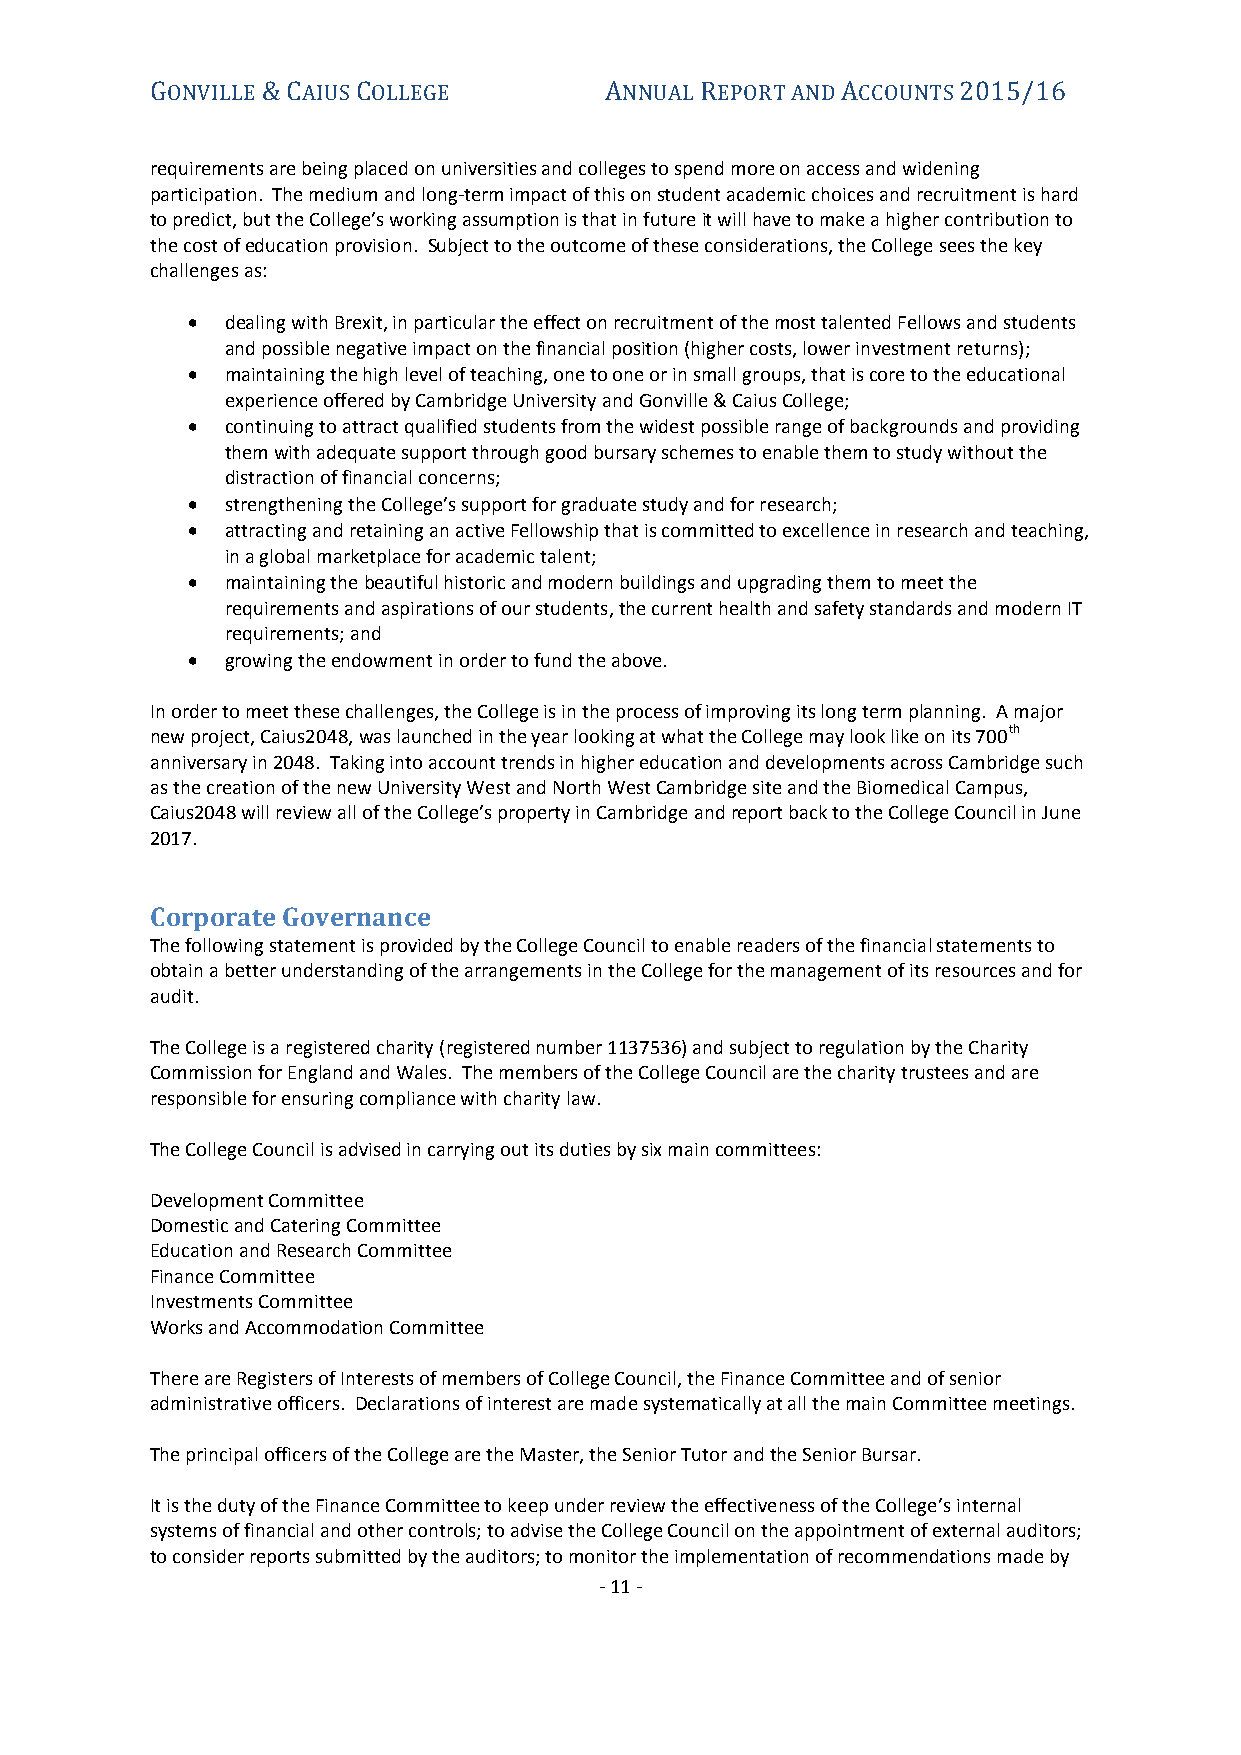
GONVILLE & CAIUS COLLEGE      ANNUAL REPORT AND ACCOUNTS 2015/16
 requirements are being placed on universities and colleges to spend more on access and widening
 participation. The medium and long-term impact of this on student academic choices and recruitment is hard
 to predict, but the College’s working assumption is that in future it will have to make a higher contribution to
 the cost of education provision. Subject to the outcome of these considerations, the College sees the key
 challenges as:
   dealing with Brexit, in particular the effect on recruitment of the most talented Fellows and students
 and possible negative impact on the financial position (higher costs, lower investment returns);
   maintaining the high level of teaching, one to one or in small groups, that is core to the educational
 experience offered by Cambridge University and Gonville & Caius College;
   continuing to attract qualified students from the widest possible range of backgrounds and providing
 them with adequate support through good bursary schemes to enable them to study without the
 distraction of financial concerns;
   strengthening the College’s support for graduate study and for research;
   attracting and retaining an active Fellowship that is committed to excellence in research and teaching,
 in a global marketplace for academic talent;
   maintaining the beautiful historic and modern buildings and upgrading them to meet the
 requirements and aspirations of our students, the current health and safety standards and modern IT
 requirements; and
   growing the endowment in order to fund the above.
 In order to meet these challenges, the College is in the process of improving its long term planning. A major
 new project, Caius2048, was launched in the year looking at what the College may look like on its 700th
 anniversary in 2048. Taking into account trends in higher education and developments across Cambridge such
 as the creation of the new University West and North West Cambridge site and the Biomedical Campus,
 Caius2048 will review all of the College’s property in Cambridge and report back to the College Council in June
 2017.
 Corporate Governance
 The following statement is provided by the College Council to enable readers of the financial statements to
 obtain a better understanding of the arrangements in the College for the management of its resources and for
 audit.
 The College is a registered charity (registered number 1137536) and subject to regulation by the Charity
 Commission for England and Wales. The members of the College Council are the charity trustees and are
 responsible for ensuring compliance with charity law.
 The College Council is advised in carrying out its duties by six main committees:
 Development Committee
 Domestic and Catering Committee
 Education and Research Committee
 Finance Committee
 Investments Committee
 Works and Accommodation Committee
 There are Registers of Interests of members of College Council, the Finance Committee and of senior
 administrative officers. Declarations of interest are made systematically at all the main Committee meetings.
 The principal officers of the College are the Master, the Senior Tutor and the Senior Bursar.
 It is the duty of the Finance Committee to keep under review the effectiveness of the College’s internal
 systems of financial and other controls; to advise the College Council on the appointment of external auditors;
 to consider reports submitted by the auditors; to monitor the implementation of recommendations made by
 - 11 -